Annual report on the mental hospital in the Central Provinces and Berar (Nagpur) - 1927-1951
Year: 1927
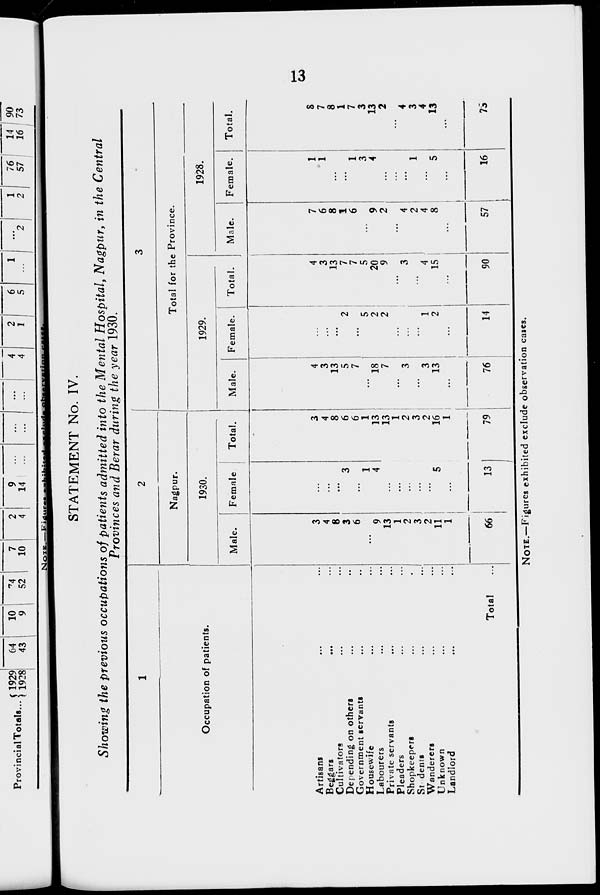
13
STATEMENT No. IV.
Showing the previous occupations of patients admitted into the Mental Hospital, Nagpur, in the Central
Provinces and Berar during the year 1930.
1
Occupation of patients.
Artisans ... ...
Beggars ... ...
Cultivators ... ...
Depending on others ... ...
Government servants ... ...
Housewife ... ...
Labourers ... ...
Private servants ... ...
Pleaders ... ...
Shopkeepers ... ...
Students
...
...
Wanderers ... ...
Unknown ... ...
Landlord ... ...
Total ...
2
Nagpur.
1930.
Male.
3
4
8
3
6
...
9
13
1
2
3
2
11
1
66
Female
...
...
...
3
...
1
4
...
...
...
...
...
5
...
13
Total.
3
4
8
6
6
1
13
13
1
2
3
2
16
1
79
3
Total for the Province.
1929.
Male.
4
3
13
5
7
...
18
7
...
3
...
3
13
...
76
Female.
...
...
...
2
...
5
...
2
...
...
...
1
2
...
14
Total.
4
3
13
7
7
5
20
9
...
3
...
4
15
...
90
1928.
Male.
7
6
8
1
6
...
9
2
...
4
2
4
8
...
57
Female.
1
1
...
...
1
3
4
...
...
...
1
...
5
...
16
Total.
8
7
8
1
7
3
13
2
...
4
3
4
13
...
75
NOTE.—Figures exhibited exclude observation cases.